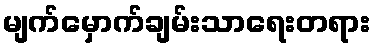
မျက်မှောက်ချမ်းသာရေးတရား